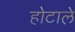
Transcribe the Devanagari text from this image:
होटाले